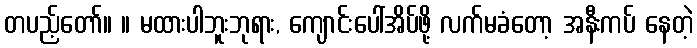
တပည့်တော်။ ။ မထားပါဘူးဘုရား, ကျောင်းပေါ်အိပ်ဖို့ လက်မခံတော့ အနီးကပ် နေတဲ့